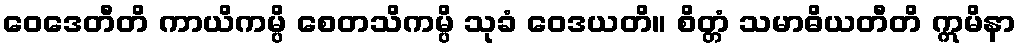
ဝေဒေတီတိ ကာယိကမ္ပိ စေတသိကမ္ပိ သုခံ ဝေဒယတိ။ စိတ္တံ သမာဓိယတီတိ ဣမိနာ